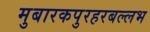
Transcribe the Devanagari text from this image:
मुबारकपुरहरबल्लभ